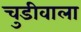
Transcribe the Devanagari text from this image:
चुडीवाला